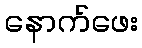
နောက်ဖေး